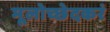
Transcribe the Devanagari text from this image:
मूलोच्छेदकरं